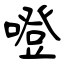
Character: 噔